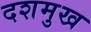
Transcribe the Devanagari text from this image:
दशमुख